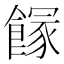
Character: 𩝬